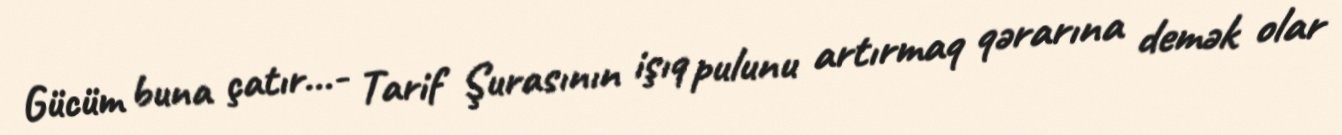
Gücüm buna çatır...- Tarif Şurasının işıq pulunu artırmaq qərarına demək olar